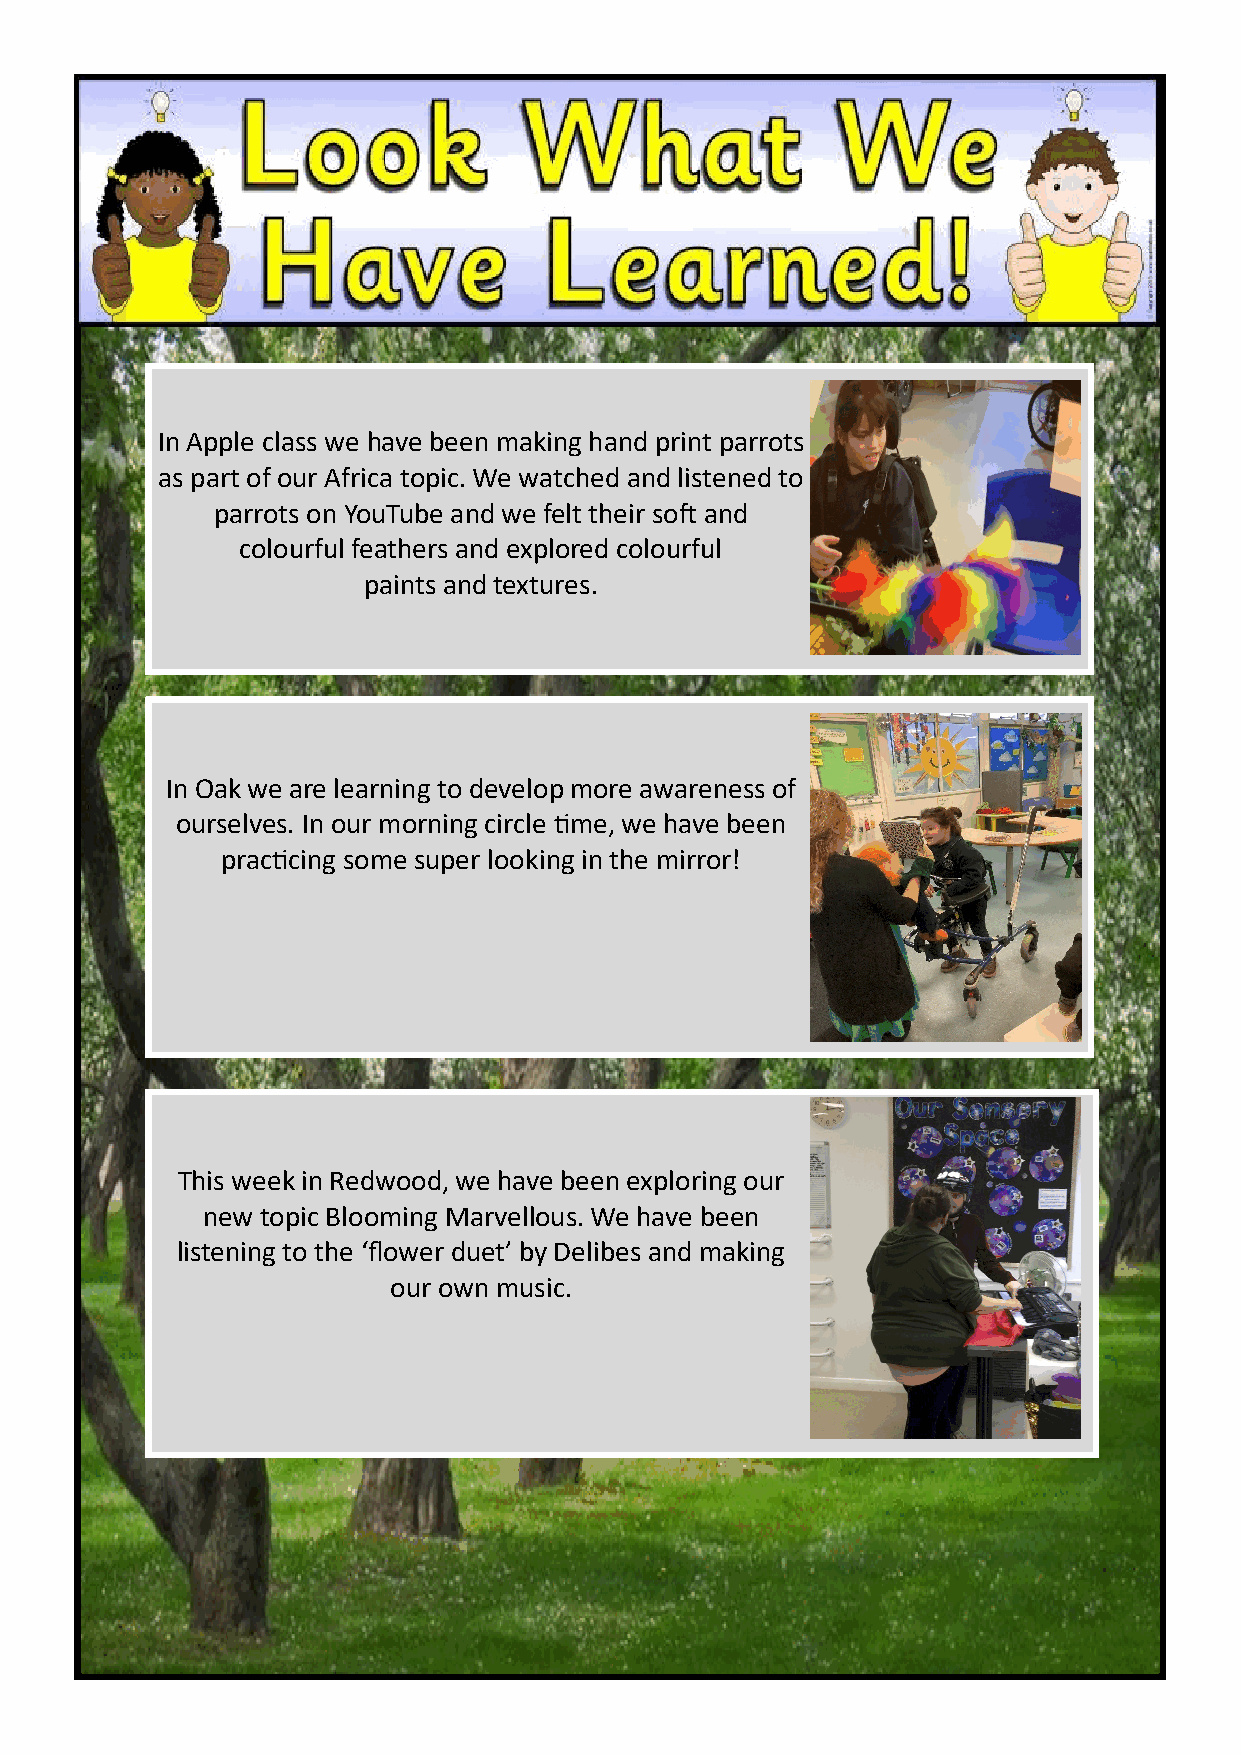
In Apple class we have been making hand print parrots
 as part of our Africa topic. We watched and listened to
 parrots on YouTube and we felt their soft and
 colourful feathers and explored colourful
 paints and textures.
 In Oak we are learning to develop more awareness of
 ourselves. In our morning circle time, we have been
 practicing some super looking in the mirror!
 This week in Redwood, we have been exploring our
 new topic Blooming Marvellous. We have been
 listening to the ‘flower duet’ by Delibes and making
 our own music.